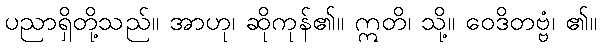
ပညာရှိတို့သည်။ အာဟု၊ ဆိုကုန်၏။ ဣတိ၊ သို့။ ဝေဒိတဗ္ဗံ၊ ၏။